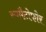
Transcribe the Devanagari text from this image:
स्पमैटोफोर